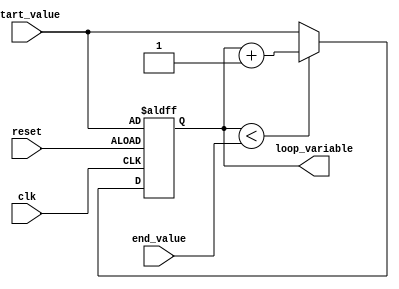
module dynamic_range_loop (
    input wire clk,
    input wire reset,
    input wire [31:0] start_value,
    input wire [31:0] end_value,
    
    // Define any other input ports here
    
    output wire [31:0] loop_variable
);

reg [31:0] loop_variable;

always @(posedge clk or posedge reset) begin
    if (reset) begin
        loop_variable <= start_value;
    end else begin
        if (loop_variable < end_value) begin
            loop_variable <= loop_variable + 1;
        end else begin
            loop_variable <= start_value;
        end
    end
end

// Implement any other logic for the dynamic range loop here

endmodule